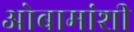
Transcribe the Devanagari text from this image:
ओबामांशी